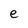
Character: e